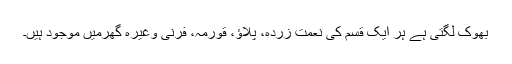
بھوک لگتی ہے ہر ایک قسم کی نعمت زردہ، پلاؤ، قورمہ، فرنی وغیرہ گھرمیں موجود ہیں۔